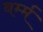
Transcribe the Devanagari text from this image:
बर्म्म